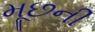
મૂછની